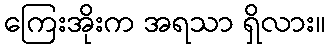
ကြေးအိုးက အရသာ ရှိလား။